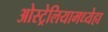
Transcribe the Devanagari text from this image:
ओस्ट्रेलियामध्येहा